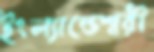
ইংল্যান্ডেশ্বরী